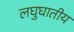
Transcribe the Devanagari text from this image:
लघुघातीय